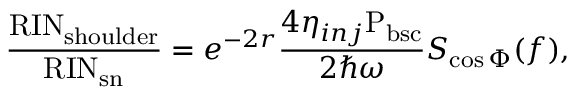
\frac { \mathrm { R I N } _ { \mathrm { s h o u l d e r } } } { \mathrm { R I N } _ { \mathrm { s n } } } = e ^ { - 2 r } \frac { 4 \eta _ { i n j } \mathrm { P _ { b s c } } } { 2 \hbar \omega } S _ { \cos \Phi } ( f ) ,